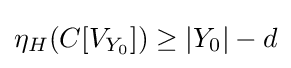
\eta _{H}(C[V_{Y_{0}}])\geq |Y_{0}|-d